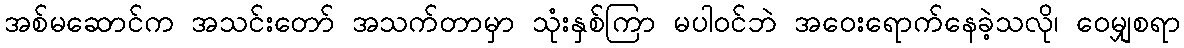
အစ်မဆောင်က အသင်းတော် အသက်တာမှာ သုံးနှစ်ကြာ မပါဝင်ဘဲ အဝေးရောက်နေခဲ့သလို၊ ဝေမျှစရာ